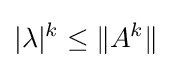
|\lambda |^{k}\leq \|A^{k}\|